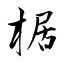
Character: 椐